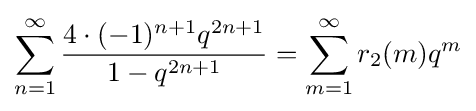
\sum _{n=1}^{\infty }{\frac {4\cdot (-1)^{n+1}q^{2n+1}}{1-q^{2n+1}}}=\sum _{m=1}^{\infty }r_{2}(m)q^{m}